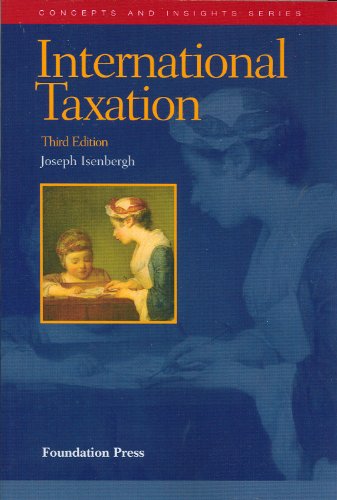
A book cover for International Taxation (Concepts and Insights); Joseph Isenbergh; Law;